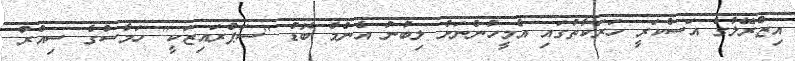
އިޒްރޭލުގެ އަސްކަރީ ހަރަކާތުގައި އެމީހުންނަށް ލިބުނު އެންމެ ބޮޑު "ސަޕްރައިޒަކީ" ހަމާސްގެ ސިއްރު